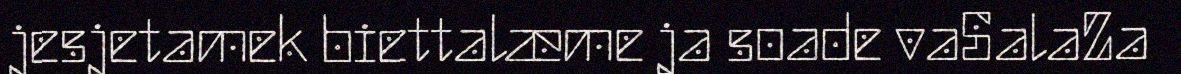
jesjetamek biettalæme ja soade vaSalaZa